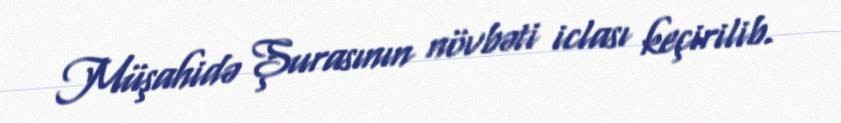
Müşahidə Şurasının növbəti iclası keçirilib.